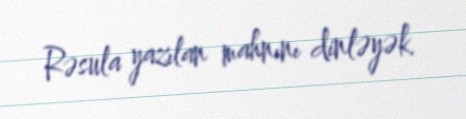
Rəsula yazılan mahnını dinləyək.